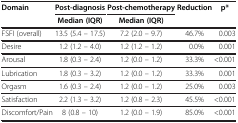
| <ROWSPAN=2> Domain | Post-diagnosis | Post-chemotherapy | <ROWSPAN=2> Reduction | <ROWSPAN=2> p* |
 | Median (IQR) | Median (IQR) |
 | --- | --- | --- | --- | --- |
 | FSFI (overall) | 13.5 (5.4 – 17.5) | 7.2 (2.0 – 9.7) | 46.7% | 0.003 |
 | Desire | 1.2 (1.2 – 4.0) | 1.2 (1.2 – 1.2) | 0.0% | 0.001 |
 | Arousal | 1.8 (0.3 – 2.4) | 1.2 (0.0 – 1.2) | 33.3% | <0.001 |
 | Lubrication | 1.8 (0.3 – 3.2) | 1.2 (0.0 – 1.2) | 33.3% | 0.001 |
 | Orgasm | 1.6 (0.3 – 2.4) | 1.2 (0.0 – 1.2) | 25.0% | 0.003 |
 | Satisfaction | 2.2 (1.3 – 3.2) | 1.2 (0.8 – 2.3) | 45.5% | <0.001 |
 | Discomfort/Pain | 8 (0.8 – 10) | 1.2 (0.0 – 1.9) | 85.0% | <0.001 |